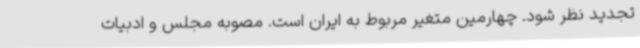
تجدید نظر شود. چهارمین متغیر مربوط به ایران است. مصوبه مجلس و ادبیات